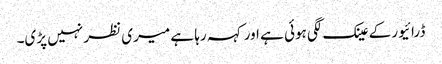
ڈرائیور کے عینک لگی ہوئی ہے اور کہہ رہا ہے میری نظر نہیں پڑی۔